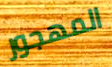
المهجور